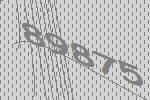
89875